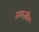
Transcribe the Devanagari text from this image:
तकज़ीब